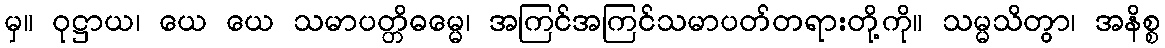
မှ။ ဝုဋ္ဌာယ၊ ယေ ယေ သမာပတ္တိဓမ္မေ၊ အကြင်အကြင်သမာပတ်တရားတို့ကို။ သမ္မသိတွာ၊ အနိစ္စ